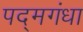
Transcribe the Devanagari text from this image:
पद्‌मगंधा